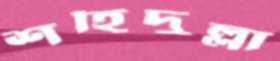
শহিদুল্লা